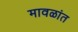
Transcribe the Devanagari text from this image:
मावळांत